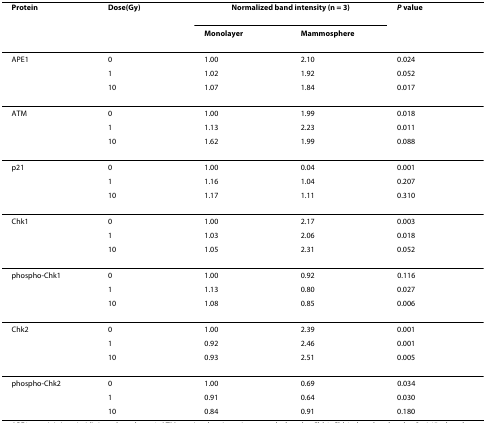
| Protein | Dose(Gy) | <COLSPAN=2> Normalized band intensity (n = 3) | P value |
 |  |  | Monolayer | Mammosphere |  |
 | --- | --- | --- | --- | --- |
 | APE1 | 0 | 1.00 | 2.10 | 0.024 |
 |  | 1 | 1.02 | 1.92 | 0.052 |
 |  | 10 | 1.07 | 1.84 | 0.017 |
 | ATM | 0 | 1.00 | 1.99 | 0.018 |
 |  | 1 | 1.13 | 2.23 | 0.011 |
 |  | 10 | 1.62 | 1.99 | 0.088 |
 | p21 | 0 | 1.00 | 0.04 | 0.001 |
 |  | 1 | 1.16 | 1.04 | 0.207 |
 |  | 10 | 1.17 | 1.11 | 0.310 |
 | Chk1 | 0 | 1.00 | 2.17 | 0.003 |
 |  | 1 | 1.03 | 2.06 | 0.018 |
 |  | 10 | 1.05 | 2.31 | 0.052 |
 | phospho-Chk1 | 0 | 1.00 | 0.92 | 0.116 |
 |  | 1 | 1.13 | 0.80 | 0.027 |
 |  | 10 | 1.08 | 0.85 | 0.006 |
 | Chk2 | 0 | 1.00 | 2.39 | 0.001 |
 |  | 1 | 0.92 | 2.46 | 0.001 |
 |  | 10 | 0.93 | 2.51 | 0.005 |
 | phospho-Chk2 | 0 | 1.00 | 0.69 | 0.034 |
 |  | 1 | 0.91 | 0.64 | 0.030 |
 |  | 10 | 0.84 | 0.91 | 0.180 |